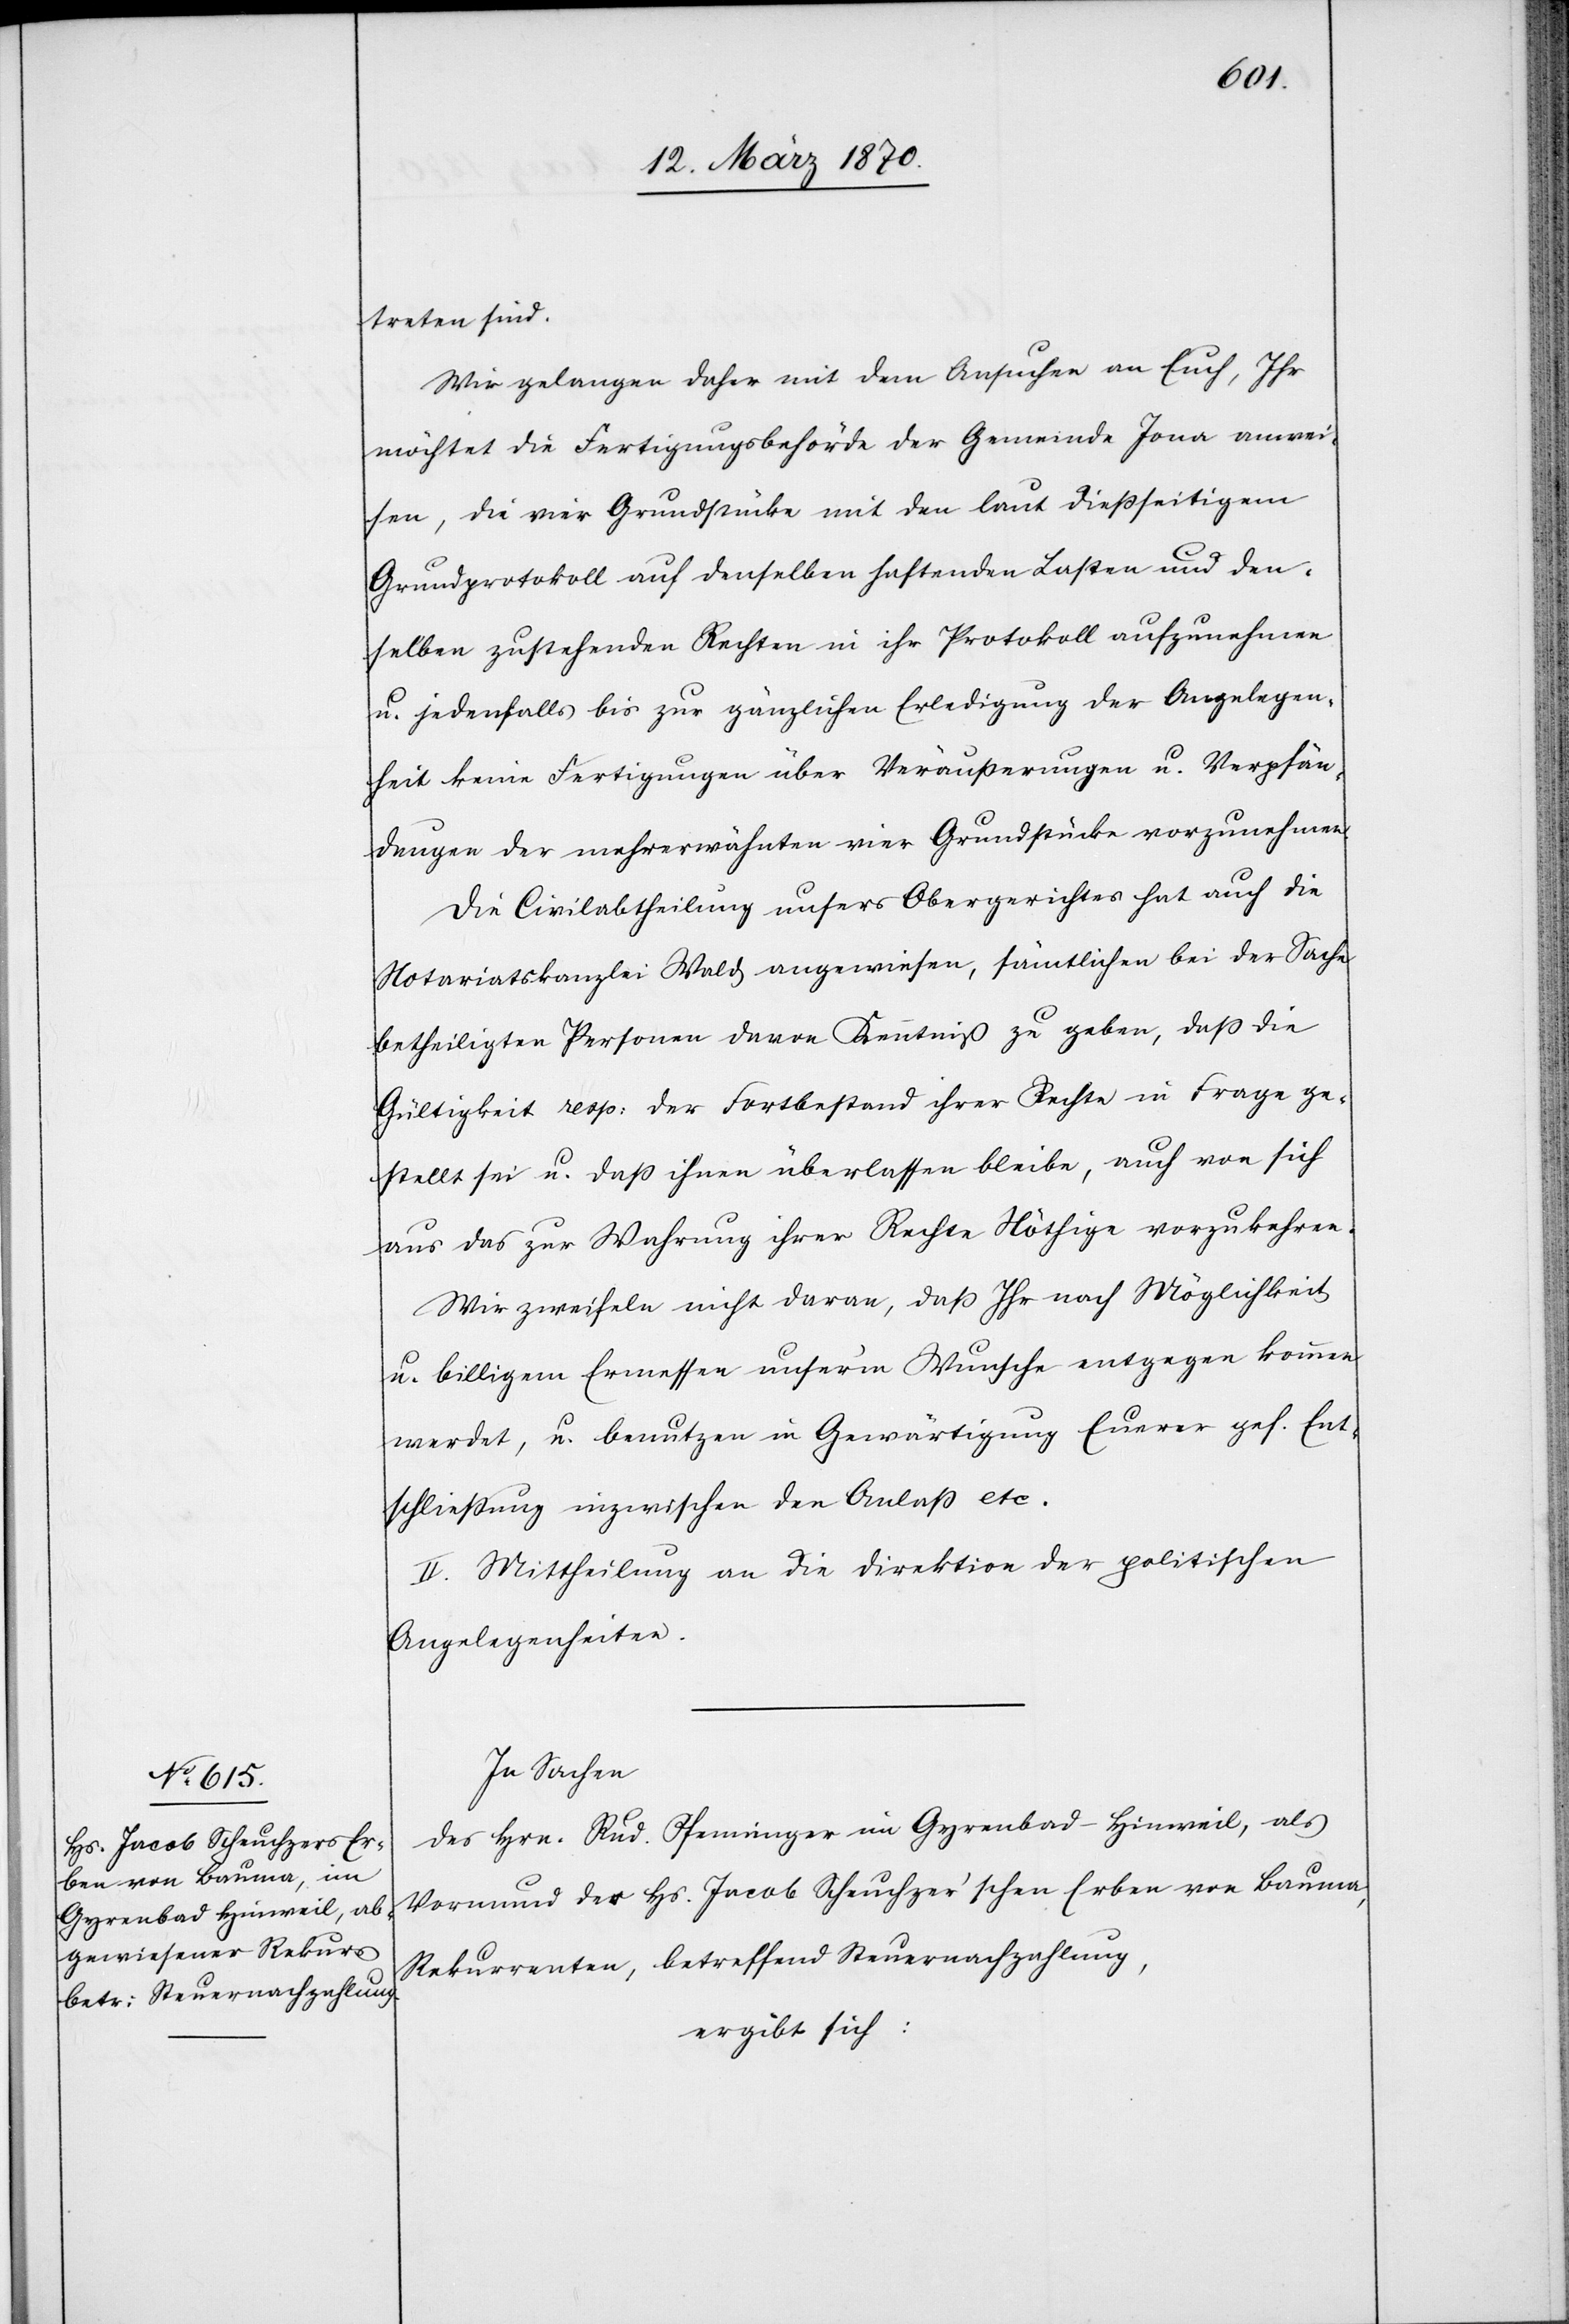
treten sind.
Wir gelangen daher mit dem Ansuchen an Euch, Ihr
möchtet die Fertigungsbehörde der Gemeinde Jona anwei¬
sen, die vier Grundstücke mit den laut dießseitigem
Grundprotokoll auf denselben haftenden Lasten und den¬
selben zustehenden Rechten in ihr Protokoll aufzunehmen
u. jedenfalls bis zur gänzlichen Erledigung der Angelegen¬
heit keine Fertigungen über Veräußerungen u. Verpfän¬
dungen der mehrerwähnten vier Grundstücke vorzunehmen.
Die Civilabtheilung unsers Obergerichtes hat auch die
Notariatskanzlei Wald angewiesen, sämtlichen bei der Sache
betheiligten Personen davon Kenntniß zu geben, daß die
Gültigkeit resp: der Fortbestand ihrer Rechte in Frage ge¬
stellt sei u. daß ihnen überlassen bleibe, auch von sich
aus das zur Wahrung ihrer Rechte Nöthige vorzukehren.
Wir zweifeln nicht daran, daß Ihr nach Möglichkeit
u. billigem Ermessen unser’m Wunsche entgegen kommen
werdet, u. benutzen in Gewärtigung Eurer ges. Ent¬
schließung inzwischen den Anlaß etc.
II. Mittheilung an die Direktion der politischen
Angelegenheiten.
In Sachen:
des Hrn. Rud. Pfenninger im Gyrenbad-Hinweil, als
Vormund der Hs. Jacob Scheuchzer’schen Erben von Bauma,
Rekurrenten, betreffend Steuernachzahlung,
ergibt sich: